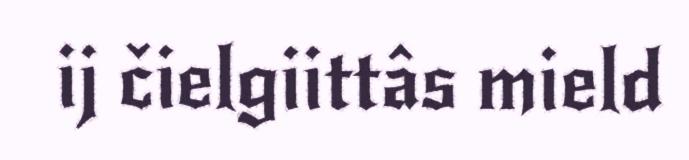
ij čielgiittâs mield